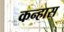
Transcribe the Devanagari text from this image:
कन्हास